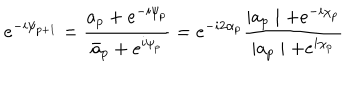
e ^ { - i \psi _ { p + 1 } } = \frac { a _ { p } + e ^ { - i \psi _ { p } } } { \bar { a } _ { p } + e ^ { i \psi _ { p } } } = e ^ { - i 2 \alpha _ { p } } \frac { \mid a _ { p } \mid + e ^ { - i \chi _ { p } } } { \mid a _ { p } \mid + e ^ { i \chi _ { p } } }